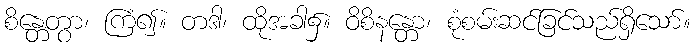
စိန္တေတွာ၊ ကြံ၍။ တဒါ၊ ထိုအခါ၌။ ဝိစိနန္တော၊ စုံစမ်းဆင်ခြင်သည်ရှိသော်။